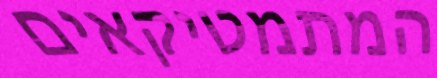
המתמטיקאים